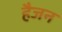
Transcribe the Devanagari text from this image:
हैजन